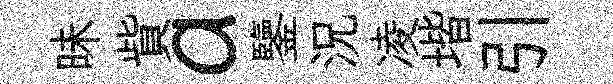
昧貲a鑒況凌堦引